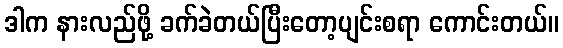
ဒါက နားလည်ဖို့ ခက်ခဲတယ်ပြီးတော့ပျင်းစရာ ကောင်းတယ်။